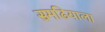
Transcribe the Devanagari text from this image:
समढियाला